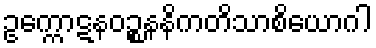
ဥက္ကောဋနဝဉ္စနနိကတိသာစိယောဂါ